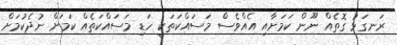
ރަނގަޅު ގޮތެއް ނޫން ކަމަށާއި އެއްވެސް މަސައްކަތަކީ ހަޑި މަސައްކަތެއް ކަމަށް ނުދެކުމަށް